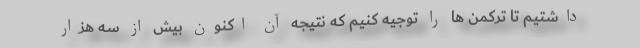
داشتیم تا ترکمن ها را توجیه کنیم که نتیجه آن اکنون بیش از سه هزار